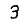
Digit: 3